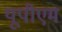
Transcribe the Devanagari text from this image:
यूपीएम